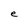
Character: e